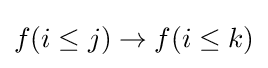
f(i\leq j)\to f(i\leq k)